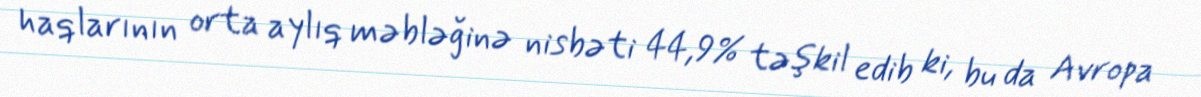
haqlarının orta aylıq məbləğinə nisbəti 44,9% təşkil edib ki, bu da Avropa